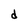
Character: d